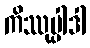
ကိဿုပ္ပါဒါ